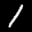
Label: 1